Trukikaitis_Postimees, lk 162
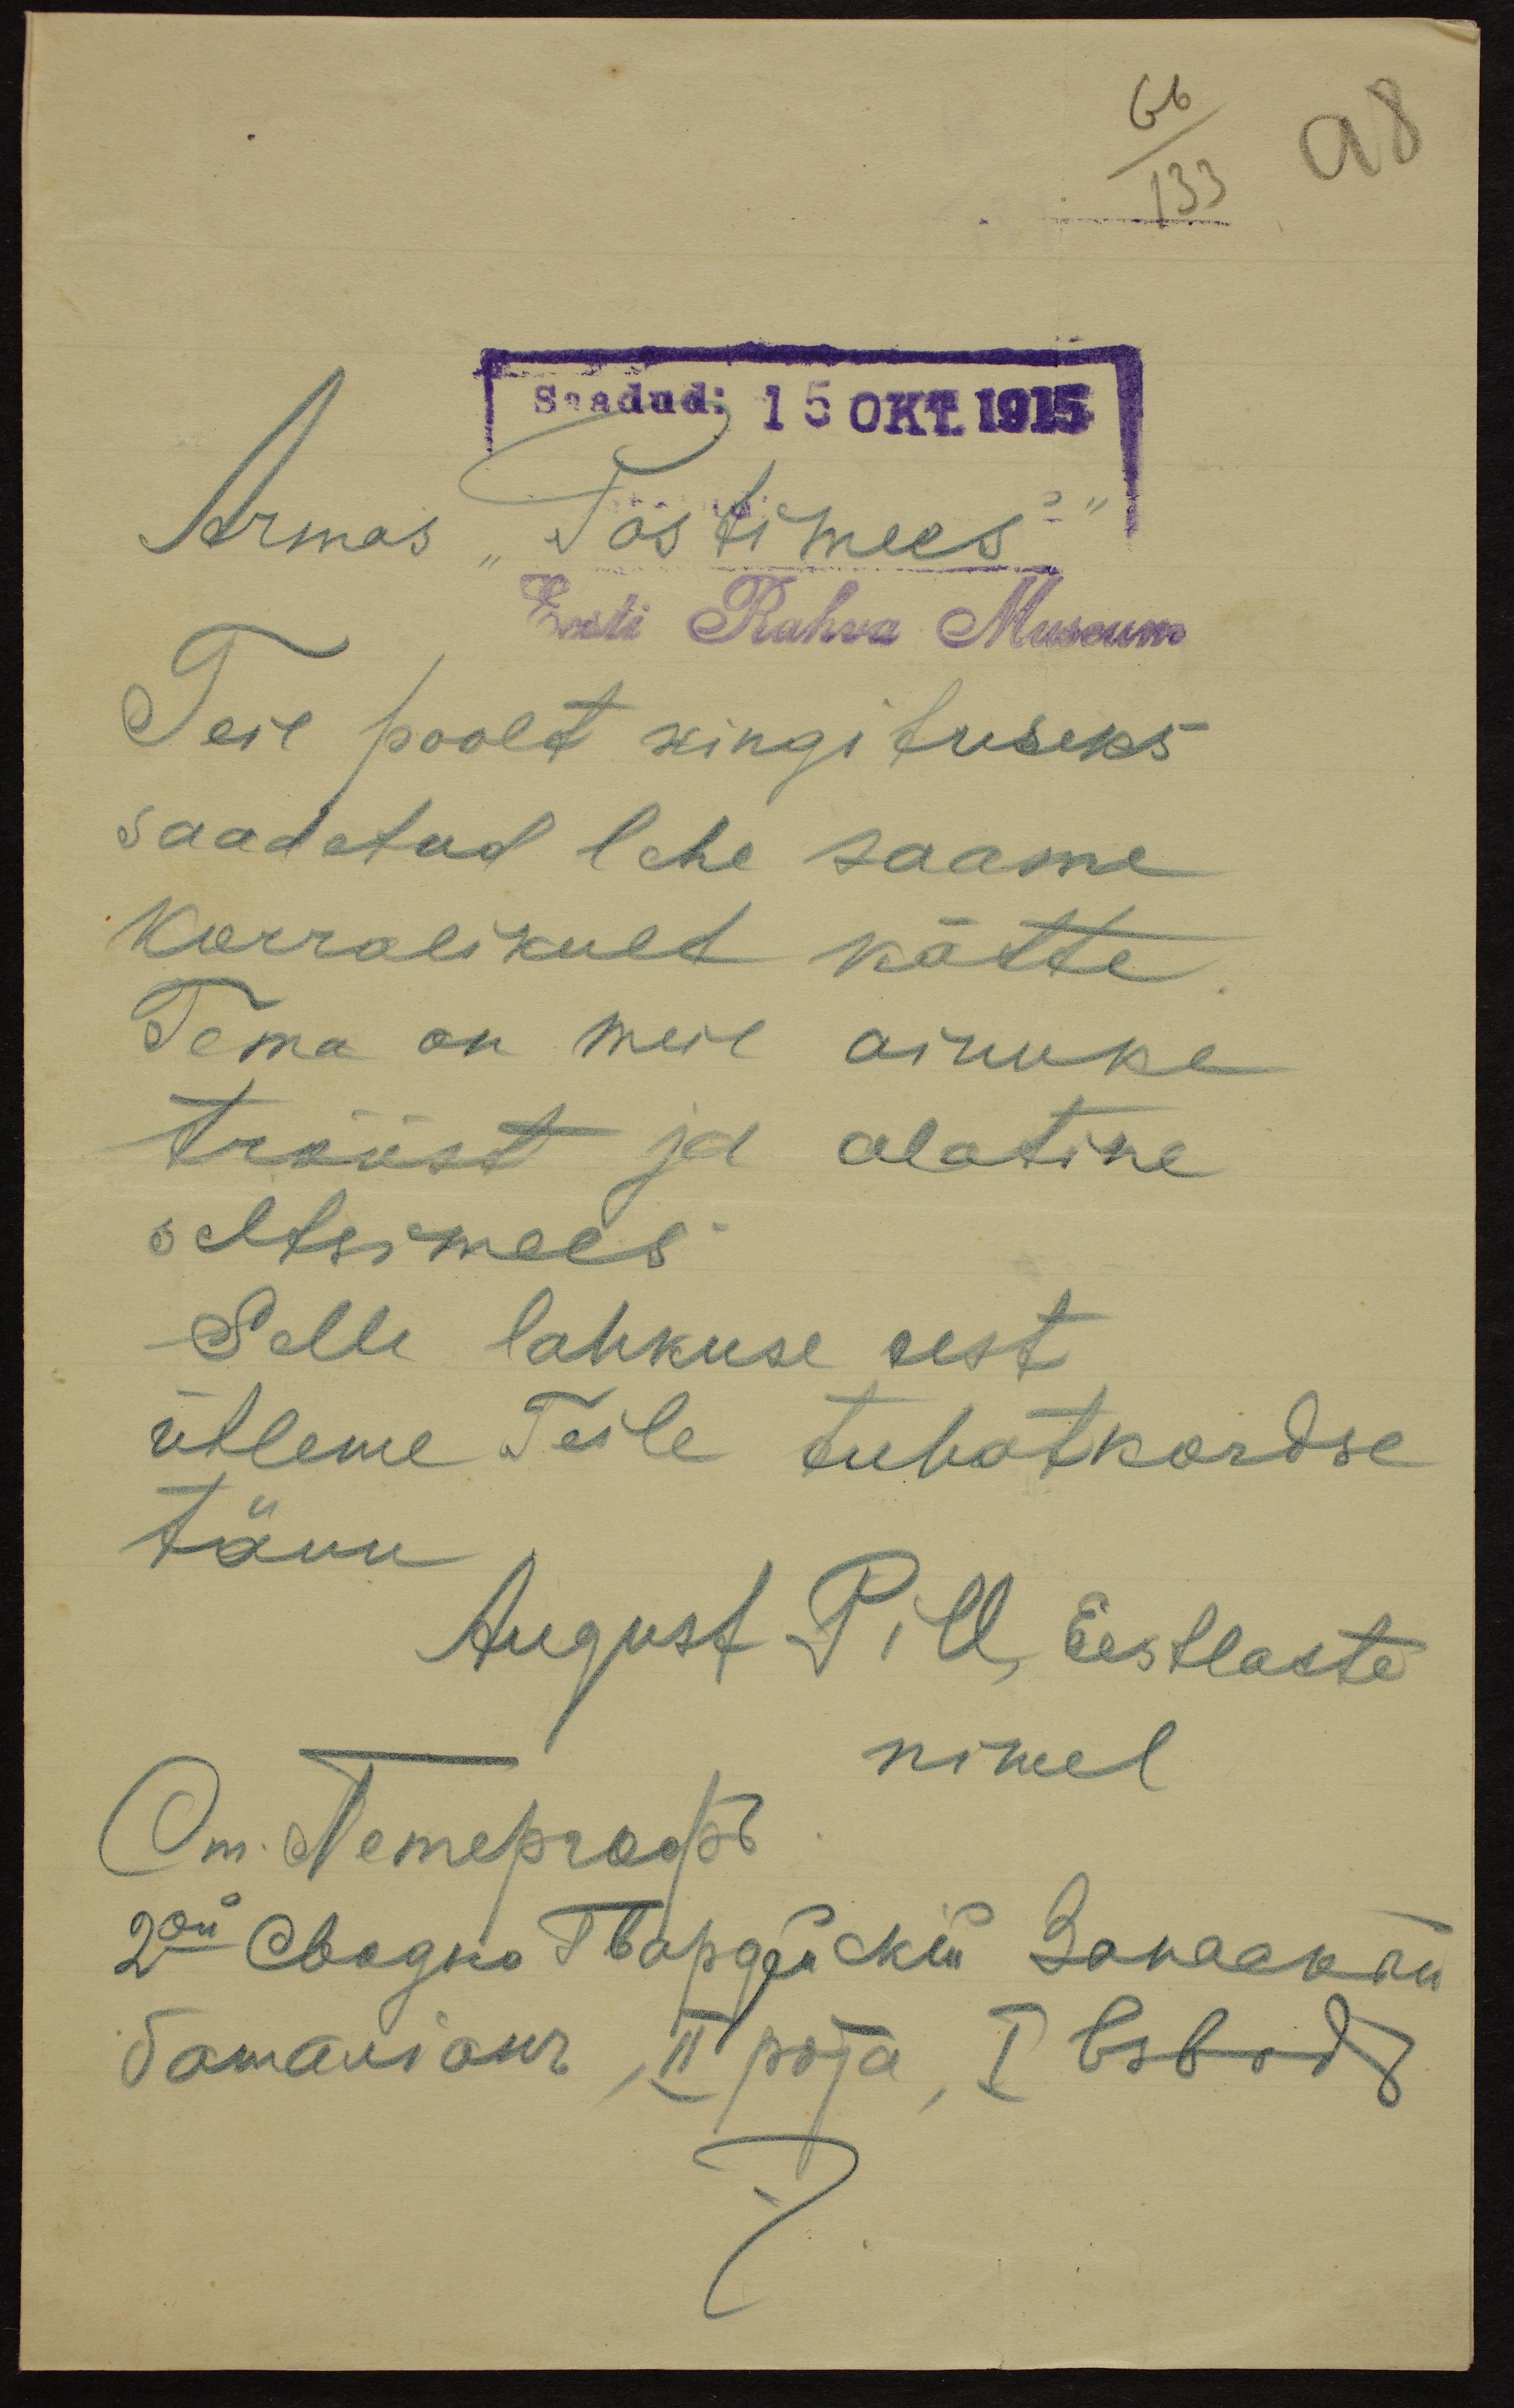
Armas "Postimees"
Saadud: 15 OKT 1915
Eesti Rahva Museum
Teie poolt kingituseks
saadetud lehe saame
korralikult kätte.
Tema on meie ainuke
trööst ja alatine
seltsimees
Selle lahkuse eest
ütleme Teile tuhatkordse
tõuu
August Pill, Eestlaste
nimel